King Institute of Preventive Medicine Micro-Biological Section reports 1909-11
Year: 1909
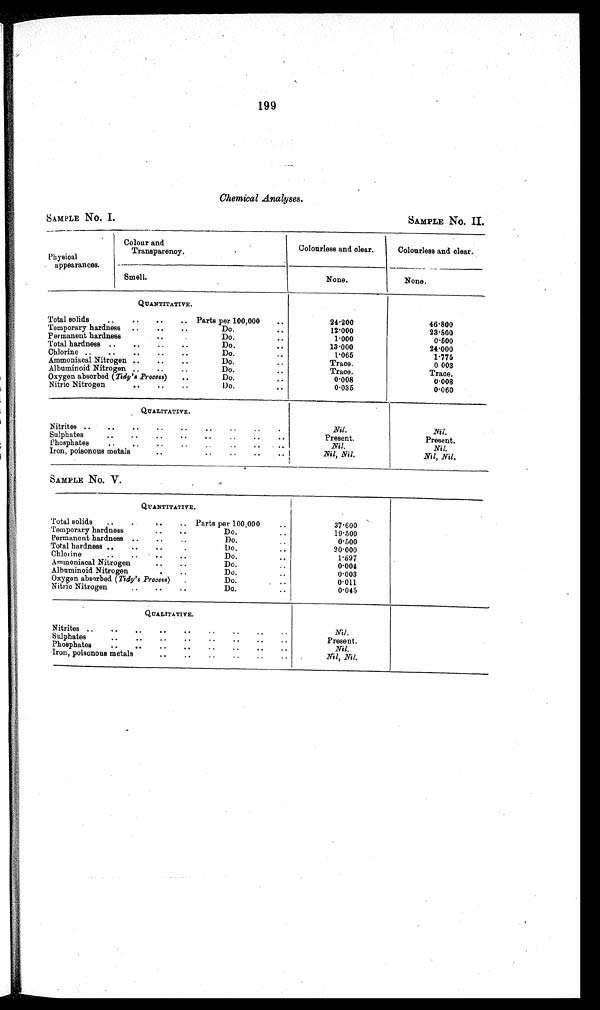
1 9 9
Chemical Analyses.
SAMPLE No. I.
SAMPLE No. II
Physical
appearances.
Colour and
Transparency.
Colourless and clear.
Colourless and clear.
None.
None.
Smell.
QUANTITATIVE.
Total solids
..
..
..
.. Parts per 100,000
..
24.200
46.800
Temporary hardness
..
..
..
Do.
..
12.000
23.500
Permanent hardness
. . .
Do.
1.000
0.500
Total hardness ..
..
..
..
Do.
13
24.000
Chlorine ..
..
..
..
..
Do.
. .
1.065
1.775
Ammoniacal Nitrogen ..
..
..
Do.
. . .
Trace.
0 003
Albuminoid Nitrogen ..
..
..
Do... Trace.
Trace.
Oxygen absorbed (Tidy's Process)
..
Do...
0 . 0 0 8
0.008
Nitric Nitrogen
..
..
..
Do.
..
0.035
0.060
QUALITATIVE.
Nitrites ..
..
..
..
..
..
..
. .
Nil.
Nil.
Sulphates
..
..
..
..
..
..
..
. .
Present.
Present.
Phosphates
..
..
..
..
. . .. .. ..
N i l .
Nil.
Iron, poisonous metals
..
..
..
. .
Nil.
Nil, Nil.
SAMPLE No. V.
QUANTITATIVE.
Total solids
..
.
..
• .
Parts per 100,000
..
37.600
T e m p o r a r y h a r d n e s s . . . . . .
Do.
19.500
Permanent hardness ..
..
..
Do...
0 . 5 0 0
Total hardness ..
..
...
Do.
20.000
Chlorine
.. ..
..
..
Do.
1.697
Ammoniacal Nitrogen
• •
..
Do.
0.001
Albuminoid Nitrogen
. . ..
Do...
Oxygen absorbed (Tidy's Process)
..
Do. ..
0.011
Nitric Nitrogen
.. ..
..
Do.
..
0.045
QUALITATIVE.
Nitrites
. . . . . . . . . . . .
Nil.
S Sulphates
• •
..
• •
..
..
..
..
..
Present.
Phosphates
..
..
..
..
..
..
..
..
Nil.
Iron, poisonous metals..
.. ..
..
..
.. Nil, Nil.